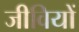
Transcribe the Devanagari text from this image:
जीवियों